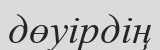
дөуірдің